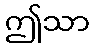
ဤသာ